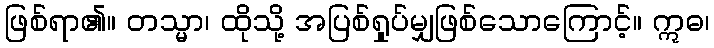
ဖြစ်ရာ၏။ တသ္မာ၊ ထိုသို့ အပြစ်ရှုပ်မျှဖြစ်သောကြောင့်။ ဣဓ၊